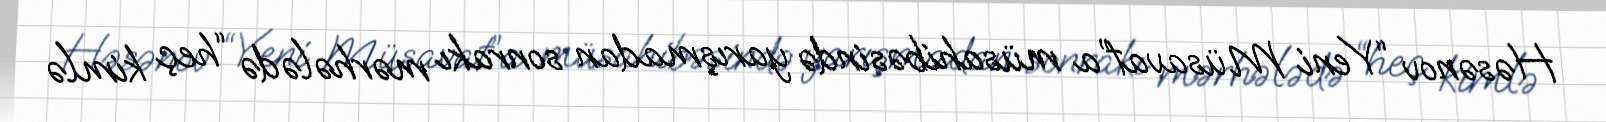
Həsənov “Yeni Müsavat”a müsahibəsində yarışmadan sonrakı mərhələdə “heç kimlə